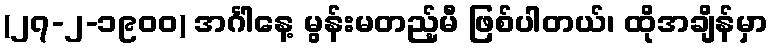
(၂၇-၂-၁၉၀၀) အင်္ဂါနေ့ မွန်းမတည့်မီ ဖြစ်ပါတယ်၊ ထိုအချိန်မှာ